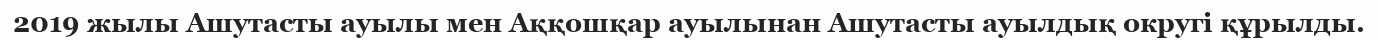
2019 жылы Ашутасты ауылы мен Аққошқар ауылынан Ашутасты ауылдық округі құрылды.